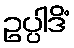
ဥပ္ပါဒိံ